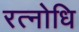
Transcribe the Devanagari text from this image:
रत्नोधि